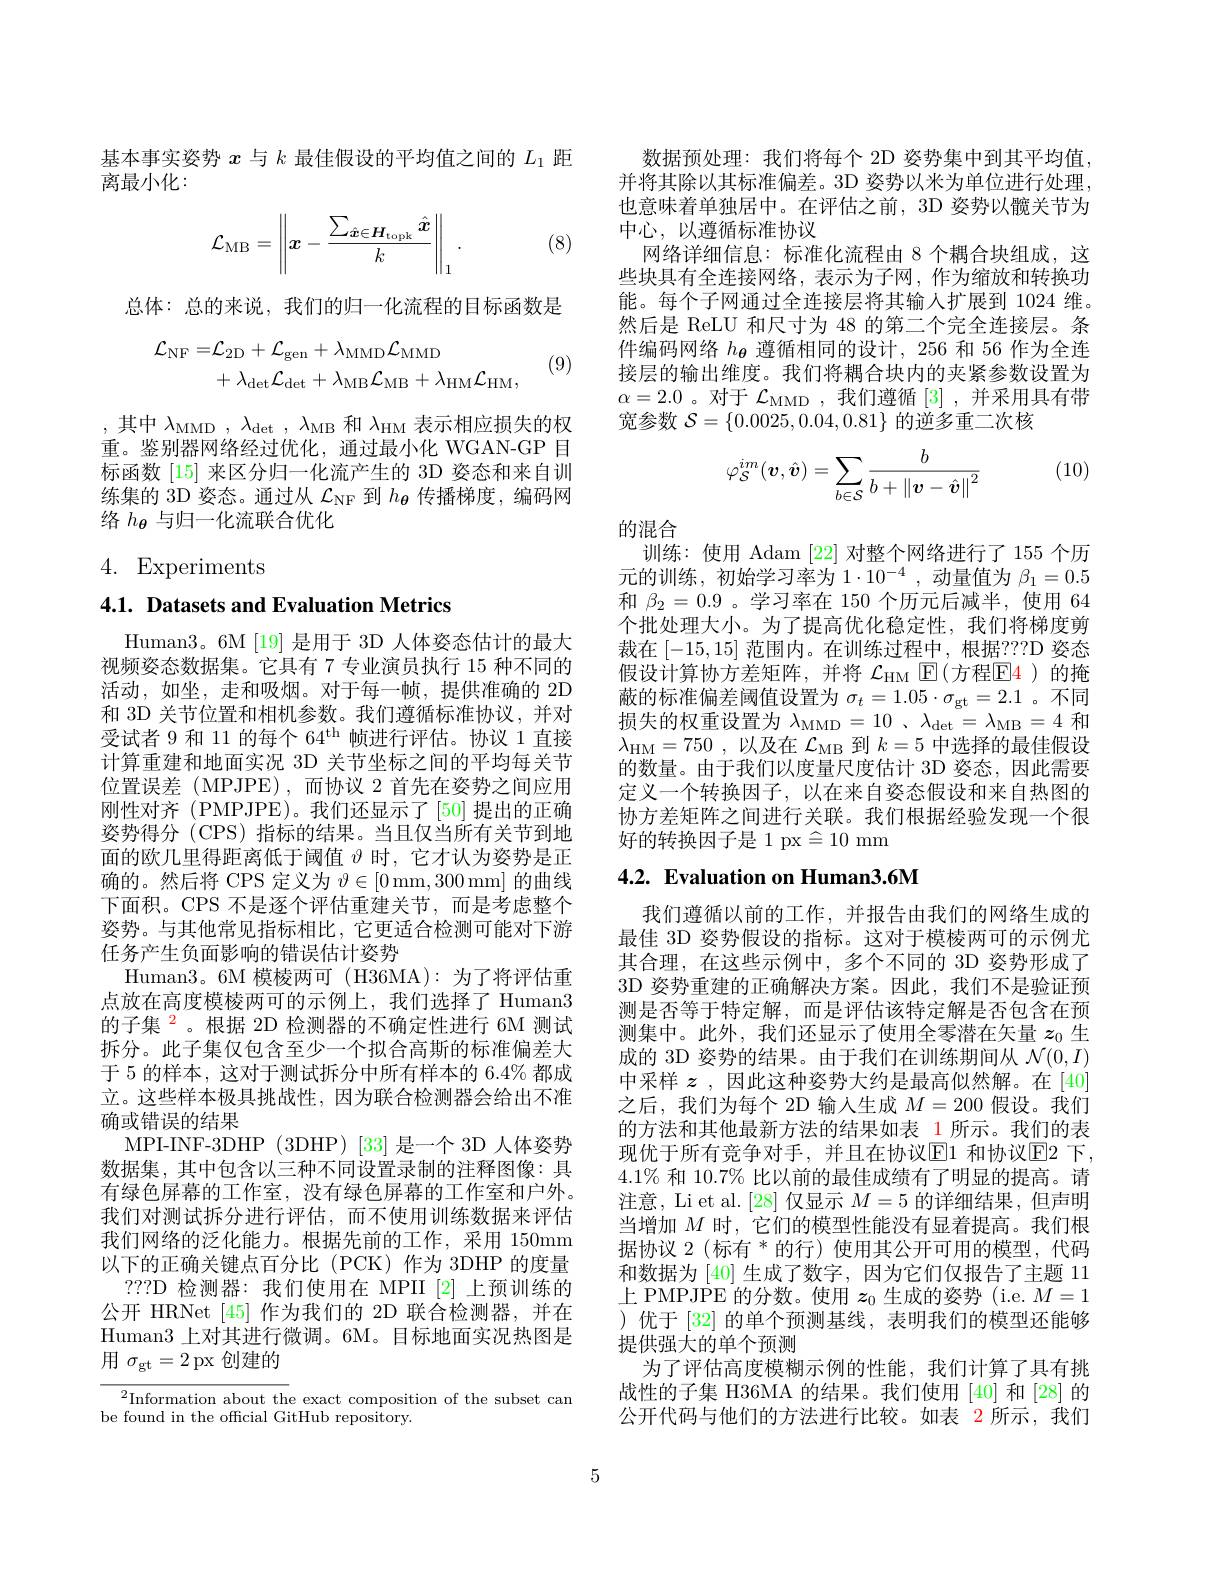
基本事实姿势$x$与$k$最佳假设的平均值之间的$L_{1}$距
离最小化：
$$\mathcal{L}_{\mathrm{MB}}=\left\|x-\frac{\sum_{\hat{\boldsymbol{x}}\in\boldsymbol{H}_{\mathrm{topk}}}\hat{\boldsymbol{x}}}{k}\right\|_{1}.$$
(8)

总体：总的来说，我们的归一化流程的目标函数是
$$\begin{aligned}\mathcal{L}_{\mathrm{NF}}=&\mathcal{L}_{2\mathrm{D}}+\mathcal{L}_{\mathrm{gen}}+\lambda_{\mathrm{MMD}}\mathcal{L}_{\mathrm{MMD}}\\&+\lambda_{\mathrm{det}}\mathcal{L}_{\mathrm{det}}+\lambda_{\mathrm{MB}}\mathcal{L}_{\mathrm{MB}}+\lambda_{\mathrm{HM}}\mathcal{L}_{\mathrm{HM}},\end{aligned}$$
(9)

,其中$\lambda_\mathrm{MMD},\lambda_\mathrm{det},\lambda_\mathrm{MB}$和$\lambda_\mathrm{HM}$表示相应损失的权重。鉴别器网络经过优化，通过最小化 WGAN-GP 目标函数[15] 来区分归一化流产生的 3D 姿态和来自训练集的 3D 姿态。通过从$\mathcal{L}_\mathrm{NF}$到$h_{\boldsymbol{\theta}}$传播梯度，编码网络$h_{\theta}$与归一化流联合优化

# 4. Experiments

# 4.1. Datasets and Evaluation Metrics

Human3。6M [19] 是用于 3D 人体姿态估计的最大视频姿态数据集。它具有 7 专业演员执行 15 种不同的活动，如坐，走和吸烟。对于每一帧，提供准确的 2D 和 3D 关节位置和相机参数。我们遵循标准协议，并对受试者 9 和 11 的每个 64$^\mathrm{th}$帧进行评估。协议 1 直接计算重建和地面实况 3D 关节坐标之间的平均每关节位置误差 (MPJPE),而协议 2 首先在姿势之间应用刚性对齐 (PMPJPE)。我们还显示了[50]提出的正确姿势得分 (CPS) 指标的结果。当且仅当所有关节到地面的欧几里得距离低于阈值$\vartheta$时，它才认为姿势是正确的。然后将 CPS 定义为$\vartheta\in[0$ mm,300 mm] 的曲线下面积。CPS 不是逐个评估重建关节，而是考虑整个姿势。与其他常见指标相比，它更适合检测可能对下游任务产生负面影响的错误估计姿势
Human3。6M 模棱两可(H36MA):为了将评估重点放在高度模棱两可的示例上，我们选择了 Human3的子集$^{2}$。根据 2D 检测器的不确定性进行 6M 测试拆分。此子集仅包含至少一个拟合高斯的标准偏差大于 5 的样本，这对于测试拆分中所有样本的 6.4% 都成立。这些样本极具挑战性，因为联合检测器会给出不准确或错误的结果
MPI-INF-3DHP (3DHP) [33] 是一个 3D 人体姿势数据集，其中包含以三种不同设置录制的注释图像：具有绿色屏幕的工作室，没有绿色屏幕的工作室和户外。我们对测试拆分进行评估，而不使用训练数据来评估我们网络的泛化能力。根据先前的工作，采用 150mm 以下的正确关键点百分比(PCK)作为 3DHP 的度量
???D 检测器：我们使用在 MPII [2]上预训练的公开 HRNet [45] 作为我们的 2D 联合检测器，并在Human3 上对其进行微调。6M。目标地面实况热图是用$\sigma_\mathrm{gt}=2$ px 创建的

$^2$Information about the exact composition of the subset can
be found in the official GitHub repository.

数据预处理：我们将每个 2D 姿势集中到其平均值， 并将其除以其标准偏差。3D 姿势以米为单位进行处理， 也意味着单独居中。在评估之前，3D 姿势以髋关节为中心，以遵循标准协议
网络详细信息：标准化流程由 8 个耦合块组成，这些块具有全连接网络，表示为子网，作为缩放和转换功能。每个子网通过全连接层将其输入扩展到 1024 维。然后是 ReLU 和尺寸为 48 的第二个完全连接层。条件编码网络$h_{\boldsymbol{\theta}}$遵循相同的设计，256 和 56 作为全连接层的输出维度。我们将耦合块内的夹紧参数设置为$\alpha=2.0$。对于$\mathcal{L}_\mathrm{MMD}$,我们遵循[3] ,并采用具有带宽参数$\mathcal{S}=\{0.0025,0.04,0.81\}$的逆多重二次核

(10)
$$\varphi_{\mathcal{S}}^{im}(\boldsymbol{v},\hat{\boldsymbol{v}})=\sum_{b\in\mathcal{S}}\frac{b}{b+\left\|\boldsymbol{v}-\hat{\boldsymbol{v}}\right\|^2}$$
的混合
训练：使用 Adam [22]对整个网络进行了 155 个历元的训练，初始学习率为$1\cdot10^-4$,动量值为$\beta_1=0.5$ 和$\beta_{2}=0.9$ 。学习率在 150 个历元后减半，使用 64个批处理大小。为了提高优化稳定性，我们将梯度剪裁在[-15,15]范围内。在训练过程中，根据？?D 姿态假设计算协方差矩阵，并将 $\mathcal{L}_\mathrm{HM}$ $\operatorname{E}($方程$\operatorname{E}\color{red}{4}$)的掩蔽的标准偏差阈值设置为$\sigma_t=1.05\cdot\sigma_{\mathrm{gt}}=2.1$ 。不同损失的权重设置为$\lambda _\mathrm{MMD}= 10$ , $\lambda _\mathrm{det}= \lambda _\mathrm{MB}= 4$和$\lambda _{\mathrm{HM}}= 750$ , 以及在$\mathcal{L}_\mathrm{MB}$到$k=5$中选择的最佳假设的数量。由于我们以度量尺度估计 3D 姿态，因此需要定义一个转换因子，以在来自姿态假设和来自热图的协方差矩阵之间进行关联。我们根据经验发现一个很好的转换因子是 1 px$\triangleq10$ mm

# 4.2. Evaluation on Human3.6M

我们遵循以前的工作，并报告由我们的网络生成的最佳 3D 姿势假设的指标。这对于模棱两可的示例尤其合理，在这些示例中，多个不同的 3D 姿势形成了3D 姿势重建的正确解决方案。因此，我们不是验证预测是否等于特定解，而是评估该特定解是否包含在预测集中。此外，我们还显示了使用全零潜在矢量$z_0$生成的 3D 姿势的结果。由于我们在训练期间从$\mathcal{N}(0,I)$ 中采样$z$ ,因此这种姿势大约是最高似然解。在[40] 之后，我们为每个 2D 输入生成$M=200$假设。我们的方法和其他最新方法的结果如表 1 所示。我们的表现优于所有竞争对手，并且在协议$\operatorname{E1}$ 和协议$\operatorname{E2}$ 下， $4.1\%$和$10.7\%$比以前的最佳成绩有了明显的提高。请注意，Li et al. [28] 仅显示$M=5$的详细结果，但声明当增加$M$时，它们的模型性能没有显着提高。我们根据协议 2 (标有 * 的行) 使用其公开可用的模型，代码和数据为[40]生成了数字，因为它们仅报告了主题 11上 PMPJPE 的分数。使用$z_0$生成的姿势 (i.e. $M=1$ )优于 [32] 的单个预测基线，表明我们的模型还能够提供强大的单个预测
为了评估高度模糊示例的性能，我们计算了具有挑战性的子集 H36MA 的结果。我们使用 [40] 和 [28] 的公开代码与他们的方法进行比较。如表 2 所示，我们

5